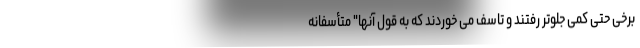
برخی حتی کمی جلوتر رفتند و تاسف می خوردند که به قول آنها" متأسفانه